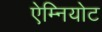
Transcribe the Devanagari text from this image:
ऐम्नियोट